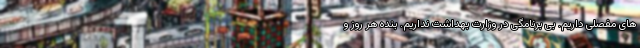
های مفصلی داریم. بی برنامگی در وزارت بهداشت نداریم. بنده هر روز و